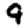
Digit: 9